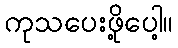
ကုသပေးဖို့ပေါ့။